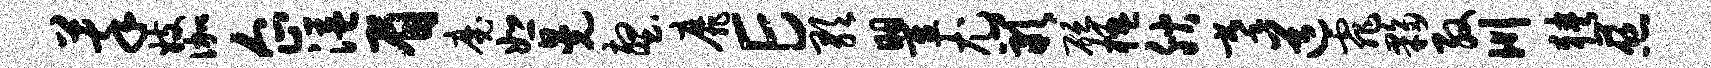
萃妓伽企溢眉魔恕晃壑靡E歌瞿尤岩砭楹腴摹道霏夥殷川狭慈